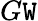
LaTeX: G\mathtt{W}